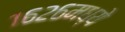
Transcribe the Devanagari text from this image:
१६२६मध्ये